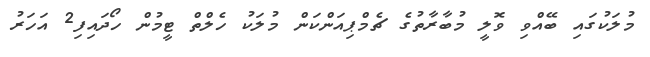
މުލަކުގައި ބޭއްވި ވޮލީ މުބާރާތުގެ ޗެމްޕިއަންކަން މުލަކު ހެލްތް ޓީމުން ހޯދައިފި2 އަހަރު